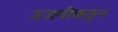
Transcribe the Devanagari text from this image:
उजवीकडुन